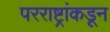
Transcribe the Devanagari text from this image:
परराष्ट्रांकडून